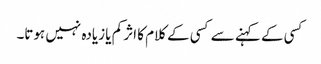
کسی کے کہنے سے کسی کے کلام کا اثر کم یا زیادہ نہیں ہوتا۔